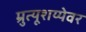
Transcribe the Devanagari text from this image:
म्रुत्यूशय्येवर